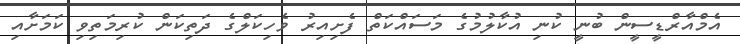
އެމްއާރްޑީސީން ބުނީ ކުނި އުކާލުމުގެ މަސައްކަތް ފެށިއިރު ވެހިކަލްގެ ދަތިކަން ކުރިމަތިވި ކަމަށާއި